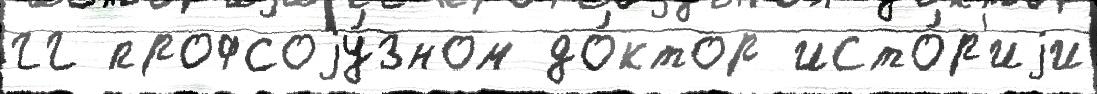
гг профсоjу́зном до́ктор исто́р'иjи